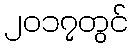
၂၀၁၇တွင်